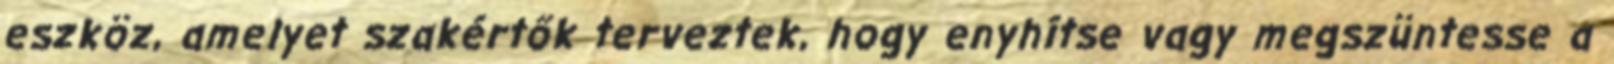
eszköz, amelyet szakértők terveztek, hogy enyhítse vagy megszüntesse a